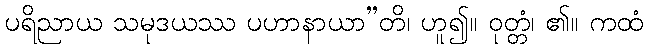
ပရိညာယ သမုဒယဿ ပဟာနာယာ”တိ၊ ဟူ၍။ ဝုတ္တံ၊ ၏။ ကထံ